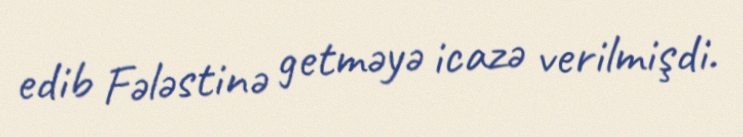
edib Fələstinə getməyə icazə verilmişdi.